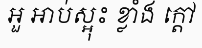
អួ អាប់ស្អុះ ខ្លាំង ក្តៅ